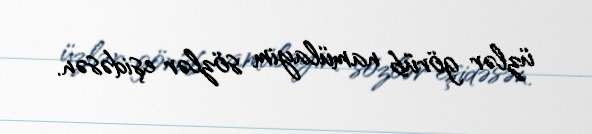
üzlər görüb namülayim sözlər eşidəsən.